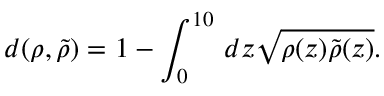
d ( \rho , \tilde { \rho } ) = 1 - \int _ { 0 } ^ { 1 0 } \, d z \sqrt { \rho ( z ) \tilde { \rho } ( z ) } .